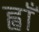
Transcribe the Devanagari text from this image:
ह्वाँ